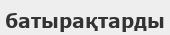
батырақтарды